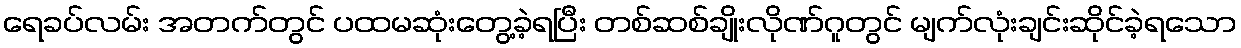
ရေခပ်လမ်း အတက်တွင် ပထမဆုံးတွေ့ခဲ့ရပြီး တစ်ဆစ်ချိုးလိုဏ်ဂူတွင် မျက်လုံးချင်းဆိုင်ခဲ့ရသော